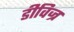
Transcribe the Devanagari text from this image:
डीविज्र